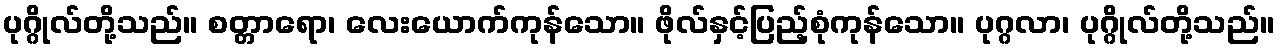
ပုဂ္ဂိုလ်တို့သည်။ စတ္တာရော၊ လေးယောက်ကုန်သော။ ဖိုလ်နှင့်ပြည့်စုံကုန်သော။ ပုဂ္ဂလာ၊ ပုဂ္ဂိုလ်တို့သည်။